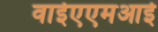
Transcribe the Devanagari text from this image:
वाईएएमआई